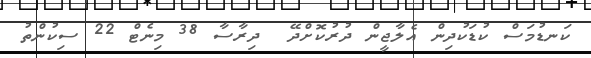
ކަނޑުމަސް ކުޑަކުދިން އެލާޖީން ދުރުކޮށްދޭ  ދިރާސާ 38 މިނެޓް 22 ސިކުންތު